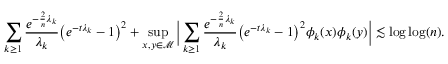
\sum _ { k \geq 1 } \frac { e ^ { - \frac { 2 } { n } \lambda _ { k } } } { \lambda _ { k } } \big ( e ^ { - t \lambda _ { k } } - 1 \big ) ^ { 2 } + \operatorname* { s u p } _ { x , y \in \mathcal { M } } \bigg \vert \sum _ { k \geq 1 } \frac { e ^ { - \frac { 2 } { n } \lambda _ { k } } } { \lambda _ { k } } \big ( e ^ { - t \lambda _ { k } } - 1 \big ) ^ { 2 } \phi _ { k } ( x ) \phi _ { k } ( y ) \bigg \vert \lesssim \log \log ( n ) .